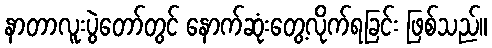
နာတာလူးပွဲတော်တွင် နောက်ဆုံးတွေ့လိုက်ရခြင်း ဖြစ်သည်။